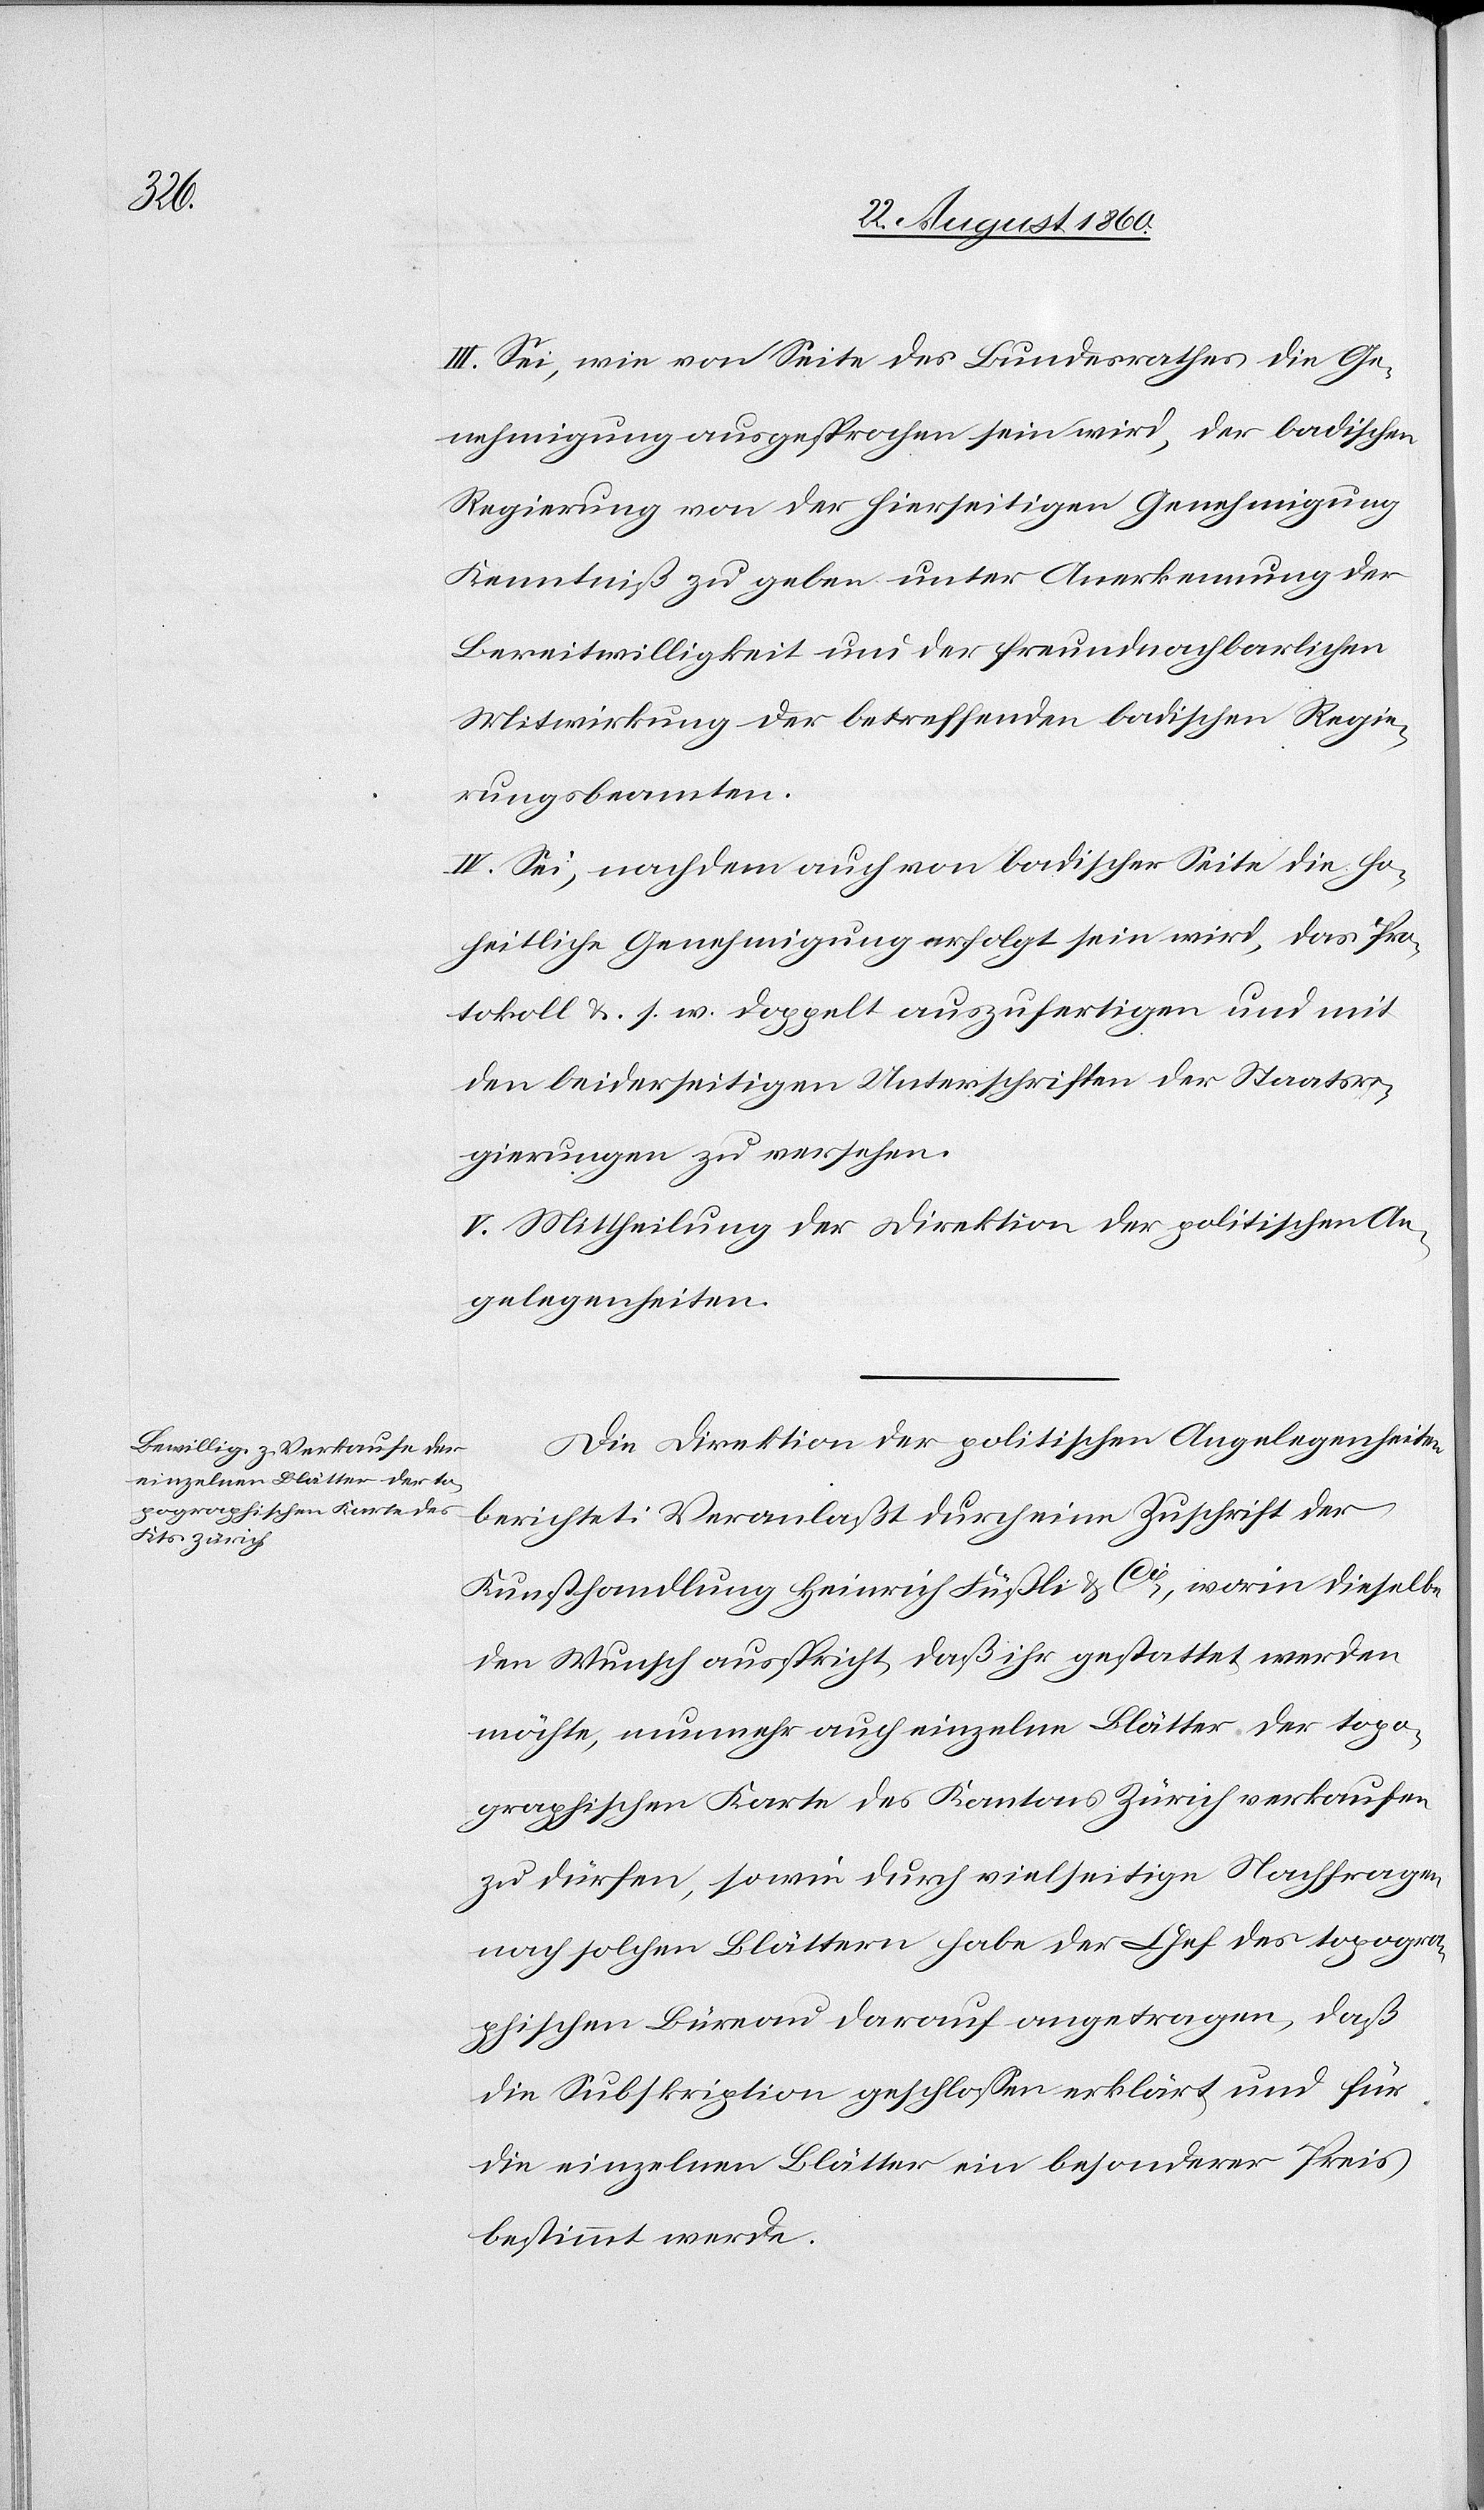
III. Sei, wie von Seite des Bundesrathes die Ge¬
nehmigung ausgesprochen sein wird, der badischen
Regierung von der hierseitigen Genehmigung
Kenntniss zu geben, unter Anerkennung der
Bereitwilligkeit und der freundnachbarlichen
Mitwirkung der betreffenden badischen Regie¬
rungsbeamten.
IV. Sei, nachdem auch von Badischer Seite die ho¬
heitliche Genehmigung erfolgt sein wird, das Pro¬
tokoll u. s. w. doppelt auszufertigen und mit
den beiderseitigen Unterschriften der Staatsre¬
gierungen zu versehen.
V. Mittheilung der Direktion der politischen An¬
gelegenheiten.
Die Direktion der politischen Angelegenheiten
berichtet: Veranlasst durch eine Zuschrift der
Kunsthandlung Heinrich Füssli u. Cie, worin dieselbe
den Wunsch ausspricht, dass ihr gestattet werden
möchte, nunmehr auch einzelne Blätter der topo¬
graphischen Karte des Kantons Zürich verkaufen
zu dürfen, sowie durch vielseitige Nachfragen
nach solchen Blättern, habe der Chef des topogra¬
phischen Büreau darauf angetragen, dass
die Subscription geschlossen erklärt und für
die einzelnen Blätter ein besonderer